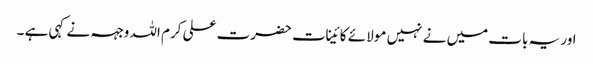
اور یہ بات میں نے نہیں مولا ئے کائینات حضرت علی کرم اللہ وجہہ نے کہی ہے ۔